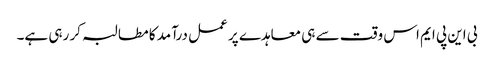
بی این پی ایم اس وقت سے ہی معاہدے پر عمل درآمد کا مطالبہ کر رہی ہے۔